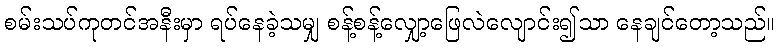
စမ်းသပ်ကုတင်အနီးမှာ ရပ်နေခဲ့သမျှ စန့်စန့်လျှော့ဖြေလဲလျောင်း၍သာ နေချင်တော့သည်။